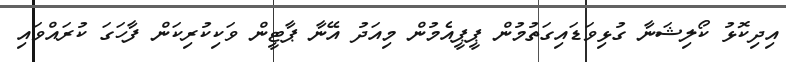
އިދިކޮޅު ކޯލިޝަނާ ގުޅިވަޑައިގަތުމުން ޕީޕީއެމުން މިއަދު އޭނާ ޕާޓީން ވަކިކުރިކަން ފާހަގަ ކުރައްވައި